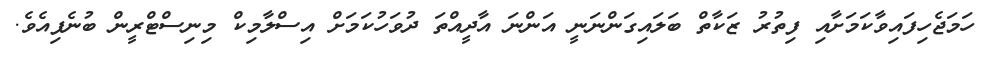
ހަމަޖެހިފައިވާކަމަށާއި ފިތުރު ޒަކާތް ބަލައިގަންނަނީ އަންނަ އާދީއްތަ ދުވަހުކަމަށް އިސްލާމިކް މިނިސްޓްރީން ބުނެފިއެވެ.